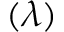
( \lambda )